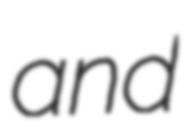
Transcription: and